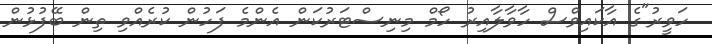
ހަވީރު"ގެ އާކައިވްސް ހާވާލާއިރު ހޯމް މިނިސްޓަރުކަން އެންމެ ފަހުން ކުރެއްވި ތިން ބޭފުޅުން